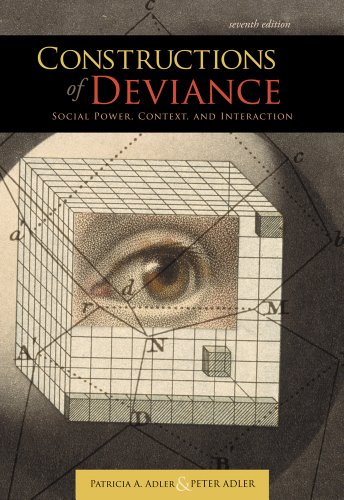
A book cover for Constructions of Deviance: Social Power, Context, and Interaction; Patricia A. Adler; Politics & Social Sciences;